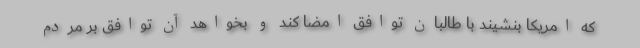
که امریکا بنشیند با طالبان توافق امضا کند و بخواهد آن توافق بر مردم